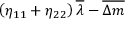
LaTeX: \left( \eta _ { 1 1 } + \eta _ { 2 2 } \right) \overline { { { \lambda } } } - \overline { { { \Delta m } } }